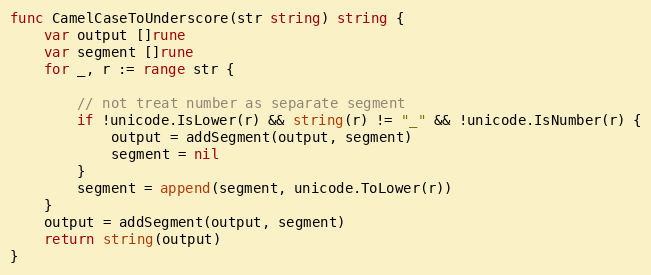
Language: Go
func CamelCaseToUnderscore(str string) string {
	var output []rune
	var segment []rune
	for _, r := range str {

		// not treat number as separate segment
		if !unicode.IsLower(r) && string(r) != "_" && !unicode.IsNumber(r) {
			output = addSegment(output, segment)
			segment = nil
		}
		segment = append(segment, unicode.ToLower(r))
	}
	output = addSegment(output, segment)
	return string(output)
}